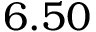
6 . 5 0